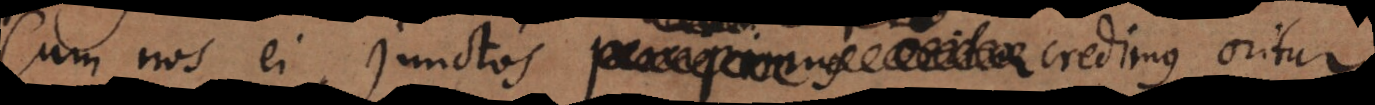
Cum nos ei junctos credimus oritur